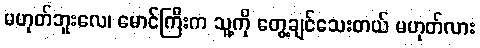
မဟုတ်ဘူးလေ၊ မောင်ကြီးက သူ့ကို တွေ့ချင်သေးတယ် မဟုတ်လား